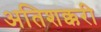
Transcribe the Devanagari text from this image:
अतिशक्करी